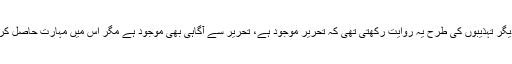
عربوں کی تہذیب بھی اُس وقت کی دیگر تہذیبوں کی طرح یہ روایت رکھتی تھی کہ تحریر موجود ہے، تحریر سے آگاہی بھی موجود ہے مگر اُس میں مہارت حاصل کرنا کسی فرد کا ایک اضافی عمل ہے۔